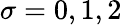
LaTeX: \sigma=0,1,2